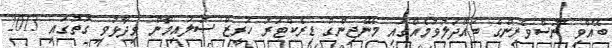
ބޭއްވި ނޫސްވެރިންގެ ބައްދަލުވުމެއްގައި މެނޭޖިންގް ޑިރެކްޓަރު ހަރީޒް ސުލައިމާން ވިދާޅުވި ގޮތުގައި 2013